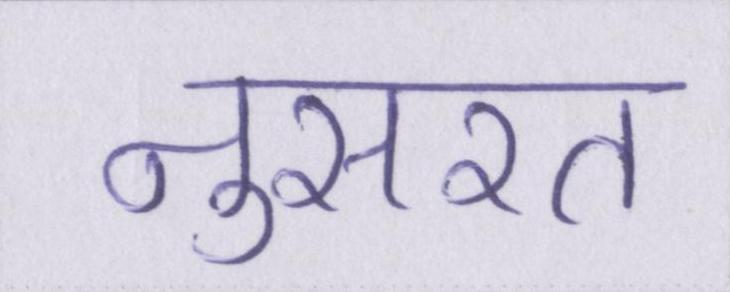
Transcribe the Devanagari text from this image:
नुसरत